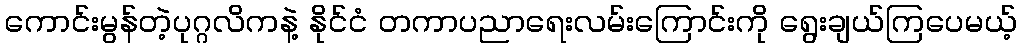
ကောင်းမွန်တဲ့ပုဂ္ဂလိကနဲ့ နိုင်ငံ တကာပညာရေးလမ်းကြောင်းကို ရွေးချယ်ကြပေမယ့်